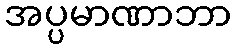
အပ္ပမာဏာဘာ